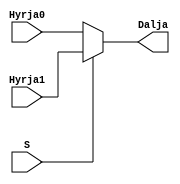
`timescale 1ns / 1ps
//////////////////////////////////////////////////////////////////////////////////
// Company: 
// Engineer: 
// 
// Design Name: 
// Module Name: mux2ne1_16bit
// Project Name: 
// Target Devices: 
// Tool Versions: 
// Description: 
// 
// Dependencies: 
// 
// Revision:
// Revision 0.01 - File Created
// Additional Comments:
// 
//////////////////////////////////////////////////////////////////////////////////

module mux2ne1_16bit(
    input[15:0] Hyrja0,
    input[15:0] Hyrja1,
    input S,
    output[15:0] Dalja
    );
    
assign Dalja = S ? Hyrja1 : Hyrja0;

endmodule